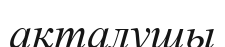
ақталушы